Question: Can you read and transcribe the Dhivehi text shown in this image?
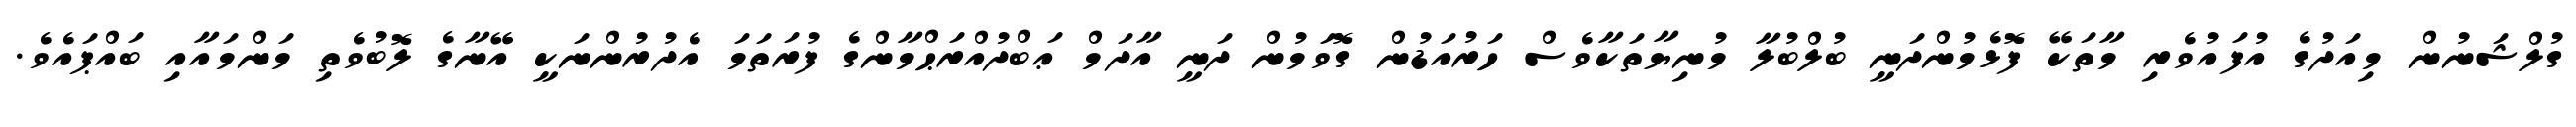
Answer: ގުލްޝަނުން މިއަދުގެ އުފައުވެރި މާތަކޭ ފޮޅެމުންދަނީ ބުލްބުލާ މުނިޔާތަކާވެސް ހަރުއަޑުން ގޮވަމުން ދަނީ އާދަމް ޢަބްދުއްރަޙްމާންގެ ފުރަތަމަ އެދުރުންނަކީ އޭނާގެ ލޮބުވެތި މަންމައާއި ބައްޕައެވެ.